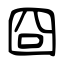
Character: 囧